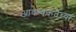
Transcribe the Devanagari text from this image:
आवश्यकतेच्या